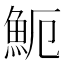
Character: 𩵡